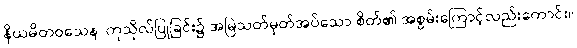
နိယမိတဝသေန၊ ကုသိုလ်ပြုခြင်း၌ အမြဲသတ်မှတ်အပ်သော စိတ်၏ အစွမ်းကြောင့်လည်းကောင်း။